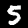
Digit: 5